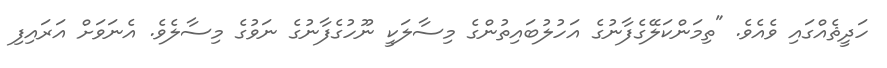
ހަދީޘެއްގައި ވެއެވެ. "ތިމަންކަލޭގެފާނުގެ އަހުލުބައިތުންގެ މިސާލަކީ ނޫހުގެފާނުގެ ނަވުގެ މިސާލެވެ. އެނަވަށް އަރައިފި